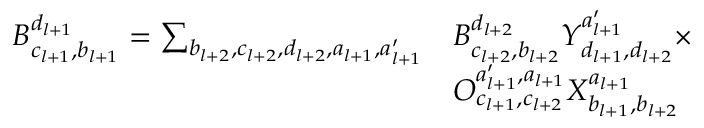
\begin{array} { r l } { B _ { c _ { l + 1 } , b _ { l + 1 } } ^ { d _ { l + 1 } } = \sum _ { b _ { l + 2 } , c _ { l + 2 } , d _ { l + 2 } , a _ { l + 1 } , a _ { l + 1 } ^ { \prime } } } & { B _ { c _ { l + 2 } , b _ { l + 2 } } ^ { d _ { l + 2 } } Y _ { d _ { l + 1 } , d _ { l + 2 } } ^ { a _ { l + 1 } ^ { \prime } } \times } \\ & { O _ { c _ { l + 1 } , c _ { l + 2 } } ^ { a _ { l + 1 } ^ { \prime } , a _ { l + 1 } } X _ { b _ { l + 1 } , b _ { l + 2 } } ^ { a _ { l + 1 } } } \end{array}